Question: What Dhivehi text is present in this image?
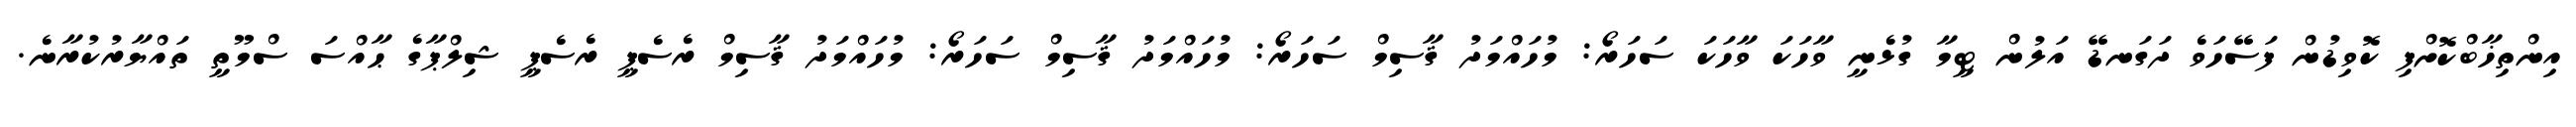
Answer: އިންތިޚާބްކޮށްފި ކޮވިޑުން ފަސޭހަވެ ދަގަނޑޭ އަލުން ޓީމާ ގުޅެނީ ވާހަކަ ވާހަކަ ސަހަރޯ: މުހައްމަދު ޤާސިމް ސަހަރޯ: މުހައްމަދު ޤާސިމް ސަހަރޯ: މުހައްމަދު ޤާސިމް ރެސެޕީ ރެސެޕީ ޝިލްޕާގެ ޙާއްސަ ސްމޫތީ ތައްޔާރުކުރާނެ.